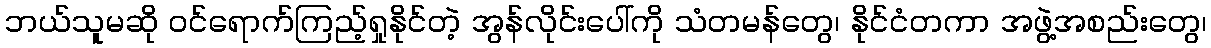
ဘယ်သူမဆို ဝင်ရောက်ကြည့်ရှုနိုင်တဲ့ အွန်လိုင်းပေါ်ကို သံတမန်တွေ၊ နိုင်ငံတကာ အဖွဲ့အစည်းတွေ၊